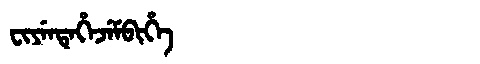
Manchu: ᠸᡳᠶᡝᠨᡨᡝᡥᡝᠵᡝᠮᠪᡳᡥᡝ
Romanization: FIYENTEHEJEMBIHE